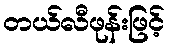
တယ်လီဖုန်းဖြင့်